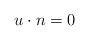
LaTeX: \begin{align*} u\cdot n = 0 \end{align*}